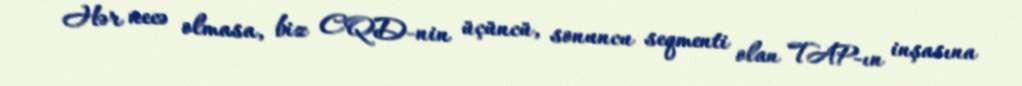
Hər necə olmasa, biz CQD-nin üçüncü, sonuncu seqmenti olan TAP-ın inşasına